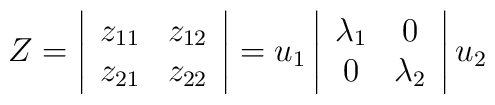
Z=\left| \begin{array}{cc}          z_{11} & z_{12} \\	  z_{21} & z_{22}	  \end{array} \right| = u_1	  \left| \begin{array}{cc}          \lambda_{1} & 0 \\	  0 & \lambda_2	  \end{array} \right|  u_2